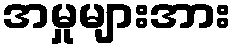
အမှုများအား